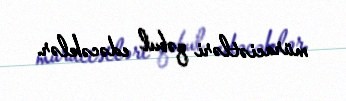
müraciətləri qəbul edəcəklər.